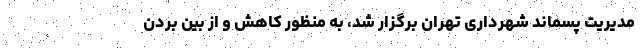
مدیریت پسماند شهرداری تهران برگزار شد، به منظور کاهش و از بین بردن